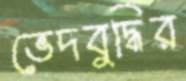
ভেদবুদ্ধির